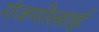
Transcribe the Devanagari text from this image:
गंजगोलाई